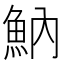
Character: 魶